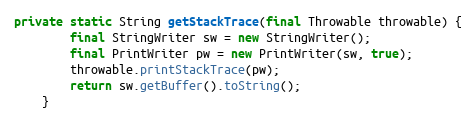
Language: Java
private static String getStackTrace(final Throwable throwable) {
		final StringWriter sw = new StringWriter();
		final PrintWriter pw = new PrintWriter(sw, true);
		throwable.printStackTrace(pw);
		return sw.getBuffer().toString();
	}